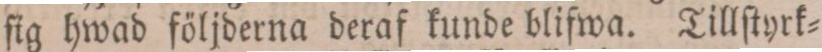
ſig hwad följderna deraf kunde blifwa. Tillſtyrk=